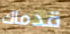
قدماك